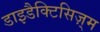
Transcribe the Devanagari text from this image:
डाइडैक्टिसिज़्म